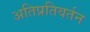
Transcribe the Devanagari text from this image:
अतिप्रतिवर्तन